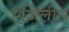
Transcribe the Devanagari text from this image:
ऍजिलीस